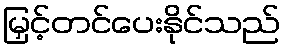
မြှင့်တင်ပေးနိုင်သည်